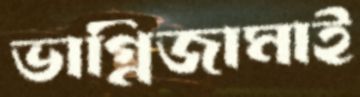
ভাগ্নিজামাই